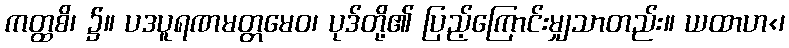
ကတ္ထစိ၊ ၌။ ပဒပူရဏမတ္တမေဝ၊ ပုဒ်တို့၏ ပြည့်ကြောင်းမျှသာတည်း။ ယထာဟ<၊